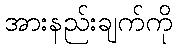
အားနည်းချက်ကို